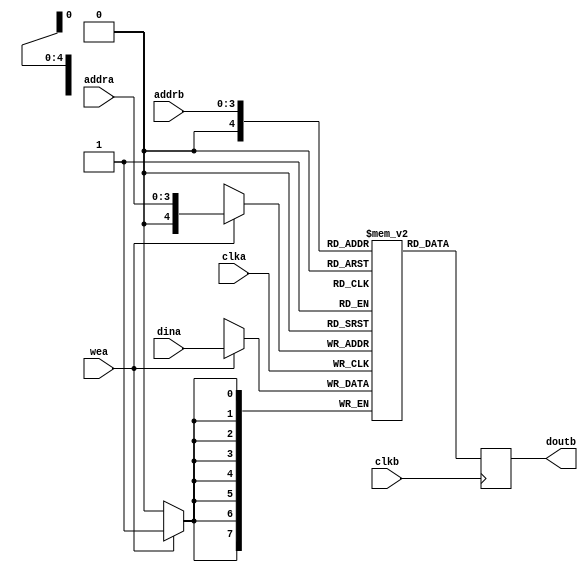
// This program was cloned from: https://github.com/CospanDesign/nysa-verilog
// License: MIT License

//library ieee;
//use ieee.std_logic_1164.all;
//use ieee.std_logic_unsigned.all;

//-----------------------------------------------------
// Design Name : ram_dp_sr_sw
// Function    : Synchronous read write RAM
// Coder       : Deepak Kumar Tala
//-----------------------------------------------------

`timescale 1ns/1ps

module blk_mem #(
  parameter DATA_WIDTH      = 8,
  parameter ADDRESS_WIDTH   = 4,
  parameter INC_NUM_PATTERN = 0
)(
  input                             clka,
  input                             wea,
  input   [ADDRESS_WIDTH - 1  :0]   addra,
  input   [DATA_WIDTH - 1:0]        dina,
  input                             clkb,
  input   [ADDRESS_WIDTH - 1:0]     addrb,
  output  [DATA_WIDTH - 1:0]        doutb
);

//Parameters
//Registers/Wires
reg [DATA_WIDTH - 1:0] mem [0:2 ** ADDRESS_WIDTH];
reg [DATA_WIDTH - 1:0] dout;

//Submodules
//Asynchronous Logic
assign doutb = dout;

//Synchronous Logic
//write only on the A side
`ifdef SIMULATION
integer i;
initial begin
  i = 0;
  for (i = 0; i < (2 ** ADDRESS_WIDTH); i = i + 1) begin
    if (INC_NUM_PATTERN) begin
        mem[i]  <=  i;
    end
    else begin
        //Zero Everything Out
        mem[i]  <=  0;
    end
  end
end
`endif

always @ (posedge clka)
begin
  if ( wea ) begin
     mem[addra] <= dina;
  end
end

//read only on the b side
always @ (posedge clkb)
begin
     dout <= mem[addrb];
end


endmodule